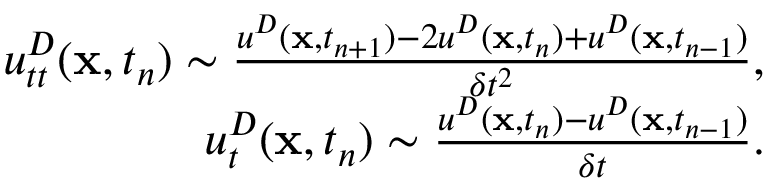
\begin{array} { r } { u _ { t t } ^ { D } ( \mathbf x , t _ { n } ) \sim { \frac { u ^ { D } ( \mathbf x , t _ { n + 1 } ) - 2 u ^ { D } ( \mathbf x , t _ { n } ) + u ^ { D } ( \mathbf x , t _ { n - 1 } ) } { \delta t ^ { 2 } } } , } \\ { u _ { t } ^ { D } ( \mathbf x , t _ { n } ) \sim { \frac { u ^ { D } ( \mathbf x , t _ { n } ) - u ^ { D } ( \mathbf x , t _ { n - 1 } ) } { \delta t } } . } \end{array}